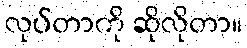
လုပ်တာကို ဆိုလိုတာ။